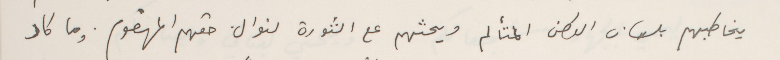
يخاطبهم بلسان الوطن المتألم ويحثهم على الثورة لنوال حقهم المهضوم. وما كاد